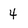
Character: 4